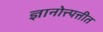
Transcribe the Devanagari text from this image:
ज्ञानोत्त्पत्तीत